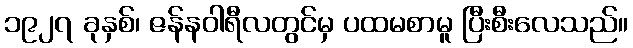
၁၉၂၇ ခုနှစ်၊ ဇန်နဝါရီလတွင်မှ ပထမစာမူ ပြီးစီးလေသည်။